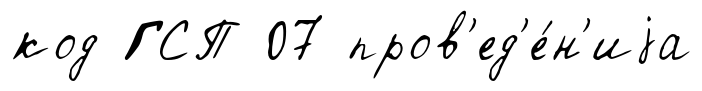
код ГСП 07 пров'ед'е́н'иjа